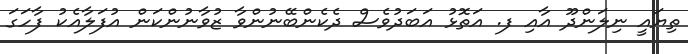
ތިޔައީ ނިލަންދޫ އާއި ފ. އަތޮޅު އަބަދުވެސް ދެކެންބޭނުންވާ ޒުވާނުންކަން އުފަލާއެކު ފާހަގަ